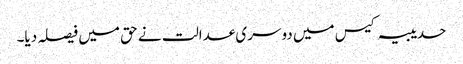
حدیبیہ کیس میں دوسری عدالت نے حق میں فیصلہ دیا۔